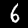
Label: 6